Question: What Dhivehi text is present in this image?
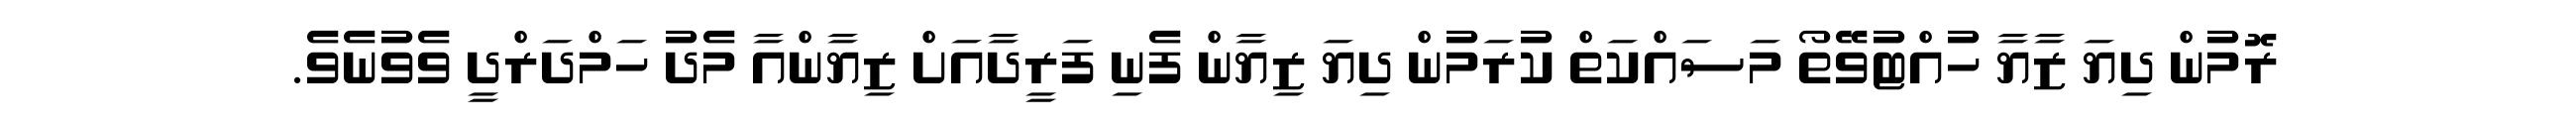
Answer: ރޮމުން ދިޔަ ޒާޔާ ހުއްޓުވޭތޯ މަސައްކަތް ކުރަމުން ދިޔަ ޒިޔާން ފެނި ފަރީދާއަށް ޒިޔާންއާ މެދު ހަމްދަރްދީ ވެވުނެވެ.